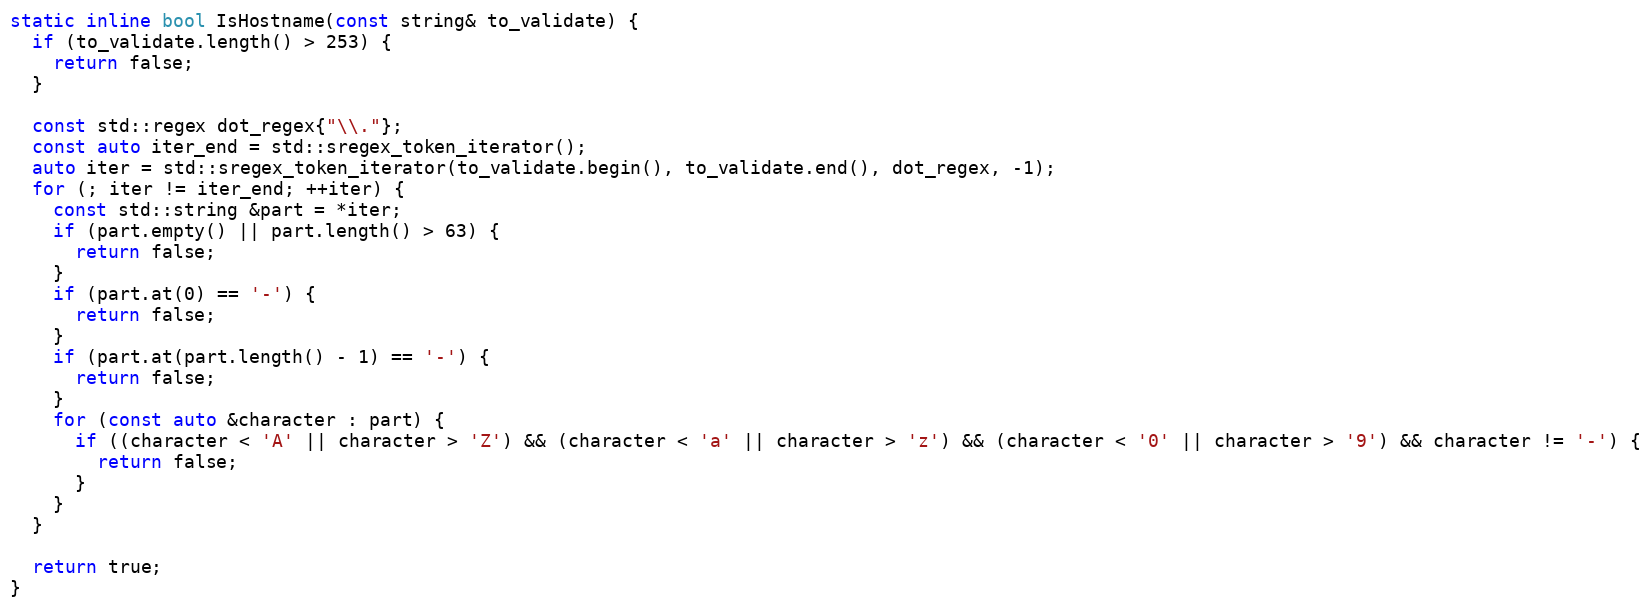
Language: C
static inline bool IsHostname(const string& to_validate) {
  if (to_validate.length() > 253) {
    return false;
  }

  const std::regex dot_regex{"\\."};
  const auto iter_end = std::sregex_token_iterator();
  auto iter = std::sregex_token_iterator(to_validate.begin(), to_validate.end(), dot_regex, -1);
  for (; iter != iter_end; ++iter) {
    const std::string &part = *iter;
    if (part.empty() || part.length() > 63) {
      return false;
    }
    if (part.at(0) == '-') {
      return false;
    }
    if (part.at(part.length() - 1) == '-') {
      return false;
    }
    for (const auto &character : part) {
      if ((character < 'A' || character > 'Z') && (character < 'a' || character > 'z') && (character < '0' || character > '9') && character != '-') {
        return false;
      }
    }
  }

  return true;
}